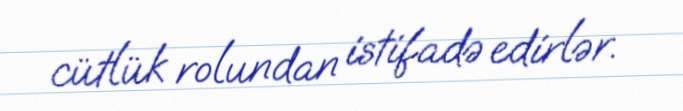
cütlük rolundan istifadə edirlər.